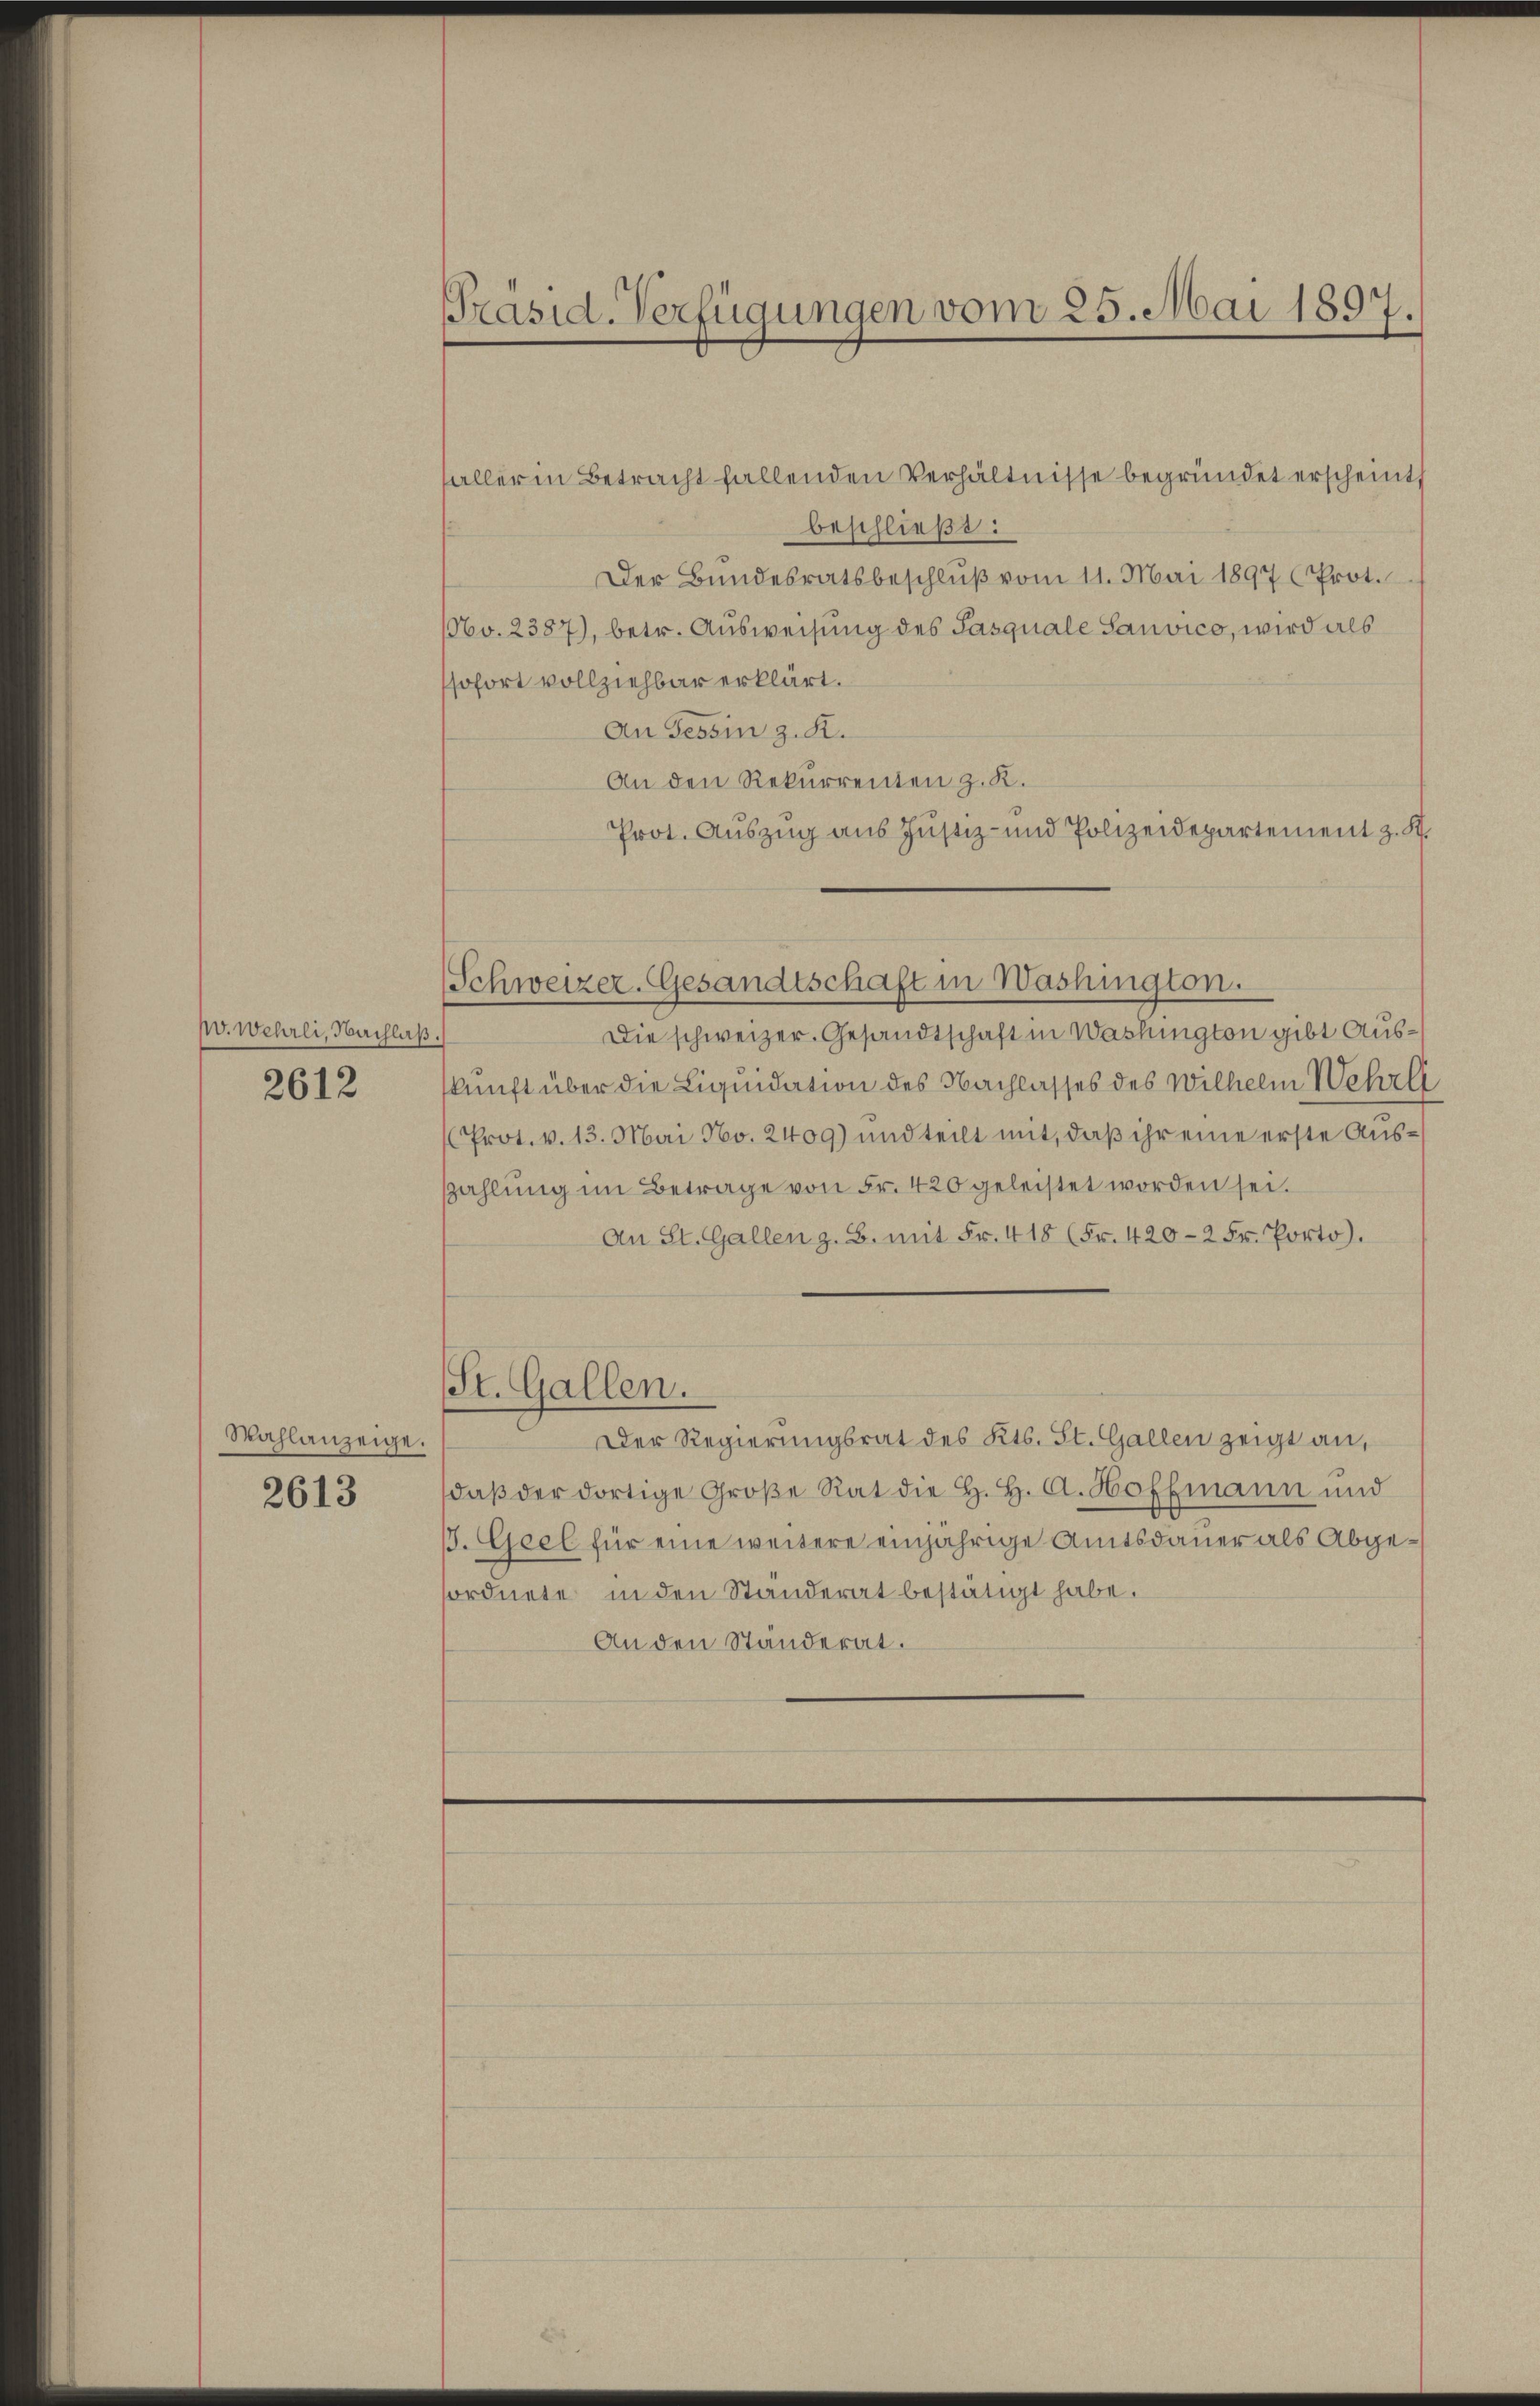
w. Wehrli, Nachlaß

2612

Stahlanzeige.

2613

Präsid-Verfügungen vom 25. Mai 1897.

aller in Betracht fallenden Verhältnisse begründet erscheint
beschließt:
Der Bundesratsbeschluß vom 11. Mai 1897 (Prot.
NNo. 2387), betr. Ausweisung des Pasquale Sauvico, wird als
sofort vollziehbar erklärt.
An Tessin z. K.
An den Rekurrenten z. K.
Prot. Auszug aus Justiz- und Polizeidepartement z. K.
Die schweizer. Gesandtschaft in Washington gibt Aus¬
.
skunft über die Liquidation des Nachlasses des Wilhelm Wehrli
Prot. v. 13. Mai No. 2409) und teilt mit, daß ihr eine erste Auszahlung im Betrage von Fr. 420 geleistet worden sei.
An St. Gallen z. B. mit Fr. 418 (Fr. 420-2 Fr. Porto).
St. Gallen.
Der Regierungsrat des Kts. St. Gallen zeigt an,
daβ der dortige Große Rat die H. H. A. Hoffmann und
1. Geel für eine weitere einjährige Amtsdauer als Abgeordnete in den Standerat bestätigt habe.
An den Ständerat.

Schweizer. Gesandtschaft in Washington.